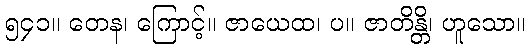
၅၄၁။ တေန၊ ကြောင့်။ ဇာယေထ၊ ပ။ ဇာတိန္တိ၊ ဟူသော။